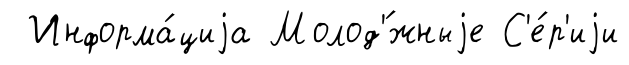
Информа́циjа Молод'́жныjе С'е́р'иjи